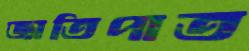
জাতিপাত